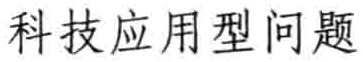
科技应用型问题